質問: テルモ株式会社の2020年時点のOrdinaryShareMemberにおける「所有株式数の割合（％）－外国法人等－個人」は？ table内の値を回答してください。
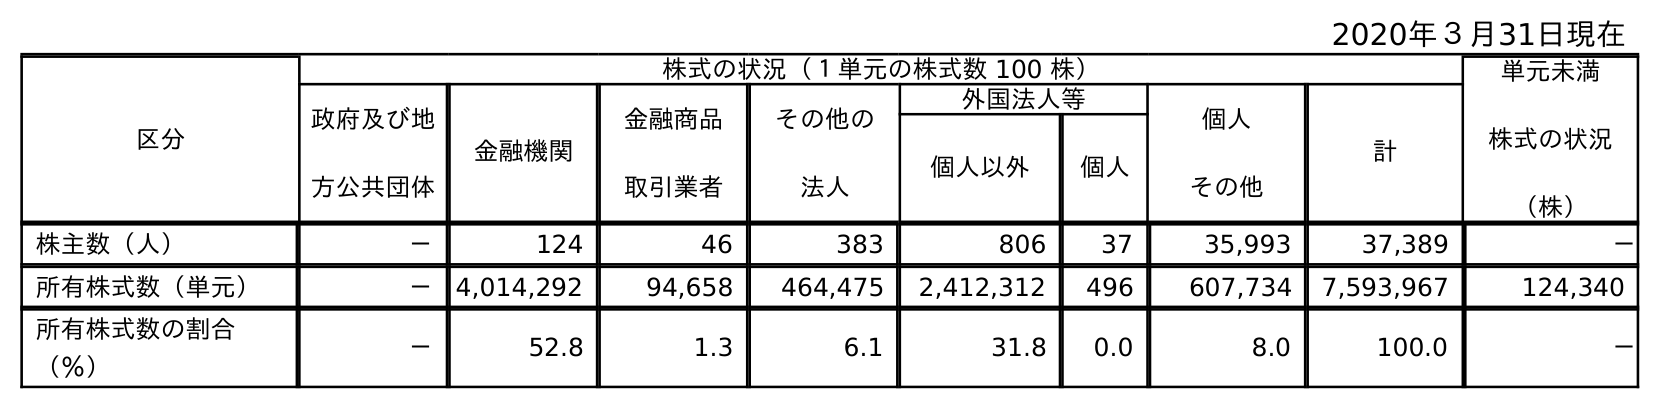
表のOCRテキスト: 2020年３月31日現在 区分 株式の状況（１単元の株式数 100 株） 単元未満 株式の状況 （株） 政府及び地 方公共団体 金融機関 金融商品 取引業者 その他の 法人 外国法人等 個人 その他 計 個人以外 個人 株主数（人） － 124 46 383 806 37 35,993 37,389 － 所有株式数（単元） － 4,014,292 94,658 464,475 2,412,312 496 607,734 7,593,967 124,340 所有株式数の割合 （％） － 52.8 1.3 6.1 31.8 0.0 8.0 100.0 －
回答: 0.0